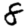
Digit: 8